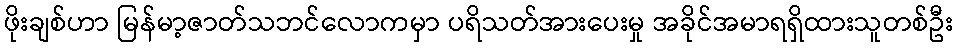
ဖိုးချစ်ဟာ မြန်မာ့ဇာတ်သဘင်လောကမှာ ပရိသတ်အားပေးမှု အခိုင်အမာရရှိထားသူတစ်ဦး